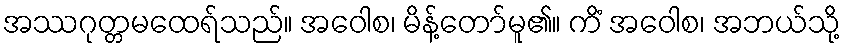
အဿဂုတ္တမထေရ်သည်။ အဝေါစ၊ မိန့်တော်မူ၏။ ကိံ အဝေါစ၊ အဘယ်သို့